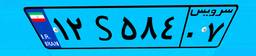
۹۹S۷۳۶۵۶